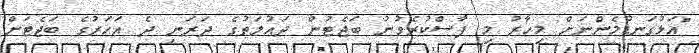
"އަޅުގަނޑުމެންނަށް މިހާރު މި ފާސްކުރެވުނު ބަޖެޓުން ދައުލަތުގެ ދަރަނި ދެ އަހަރުގެ ބަޖެޓަށް